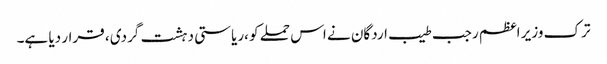
ترک وزیر اعظم رجب طیب اردگان نے اس حملے کو ،ریاستی دہشت گردی ، قرار دیا ہے۔